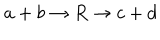
LaTeX: a + b \rightarrow R \rightarrow c + d